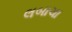
લબાચા